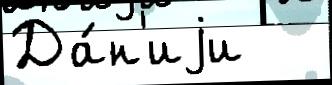
Да́н'иjи